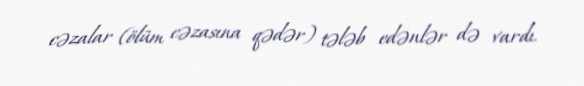
cəzalar (ölüm cəzasına qədər) tələb edənlər də vardı.